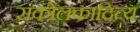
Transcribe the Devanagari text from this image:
सकोलकादित्य